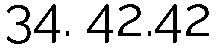
34. 42.42